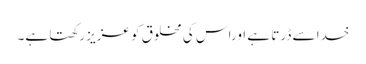
خدا سے ڈرتا ہے اوراس کی مخلوق کو عزیز رکھتا ہے۔